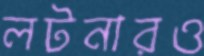
লটনারও